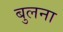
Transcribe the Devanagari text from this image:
बुलना